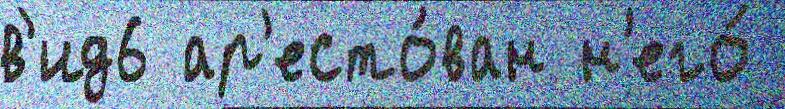
в'ид6 ар'есто́ван н'его́